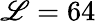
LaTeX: \mathscr{L}=64